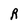
Character: R